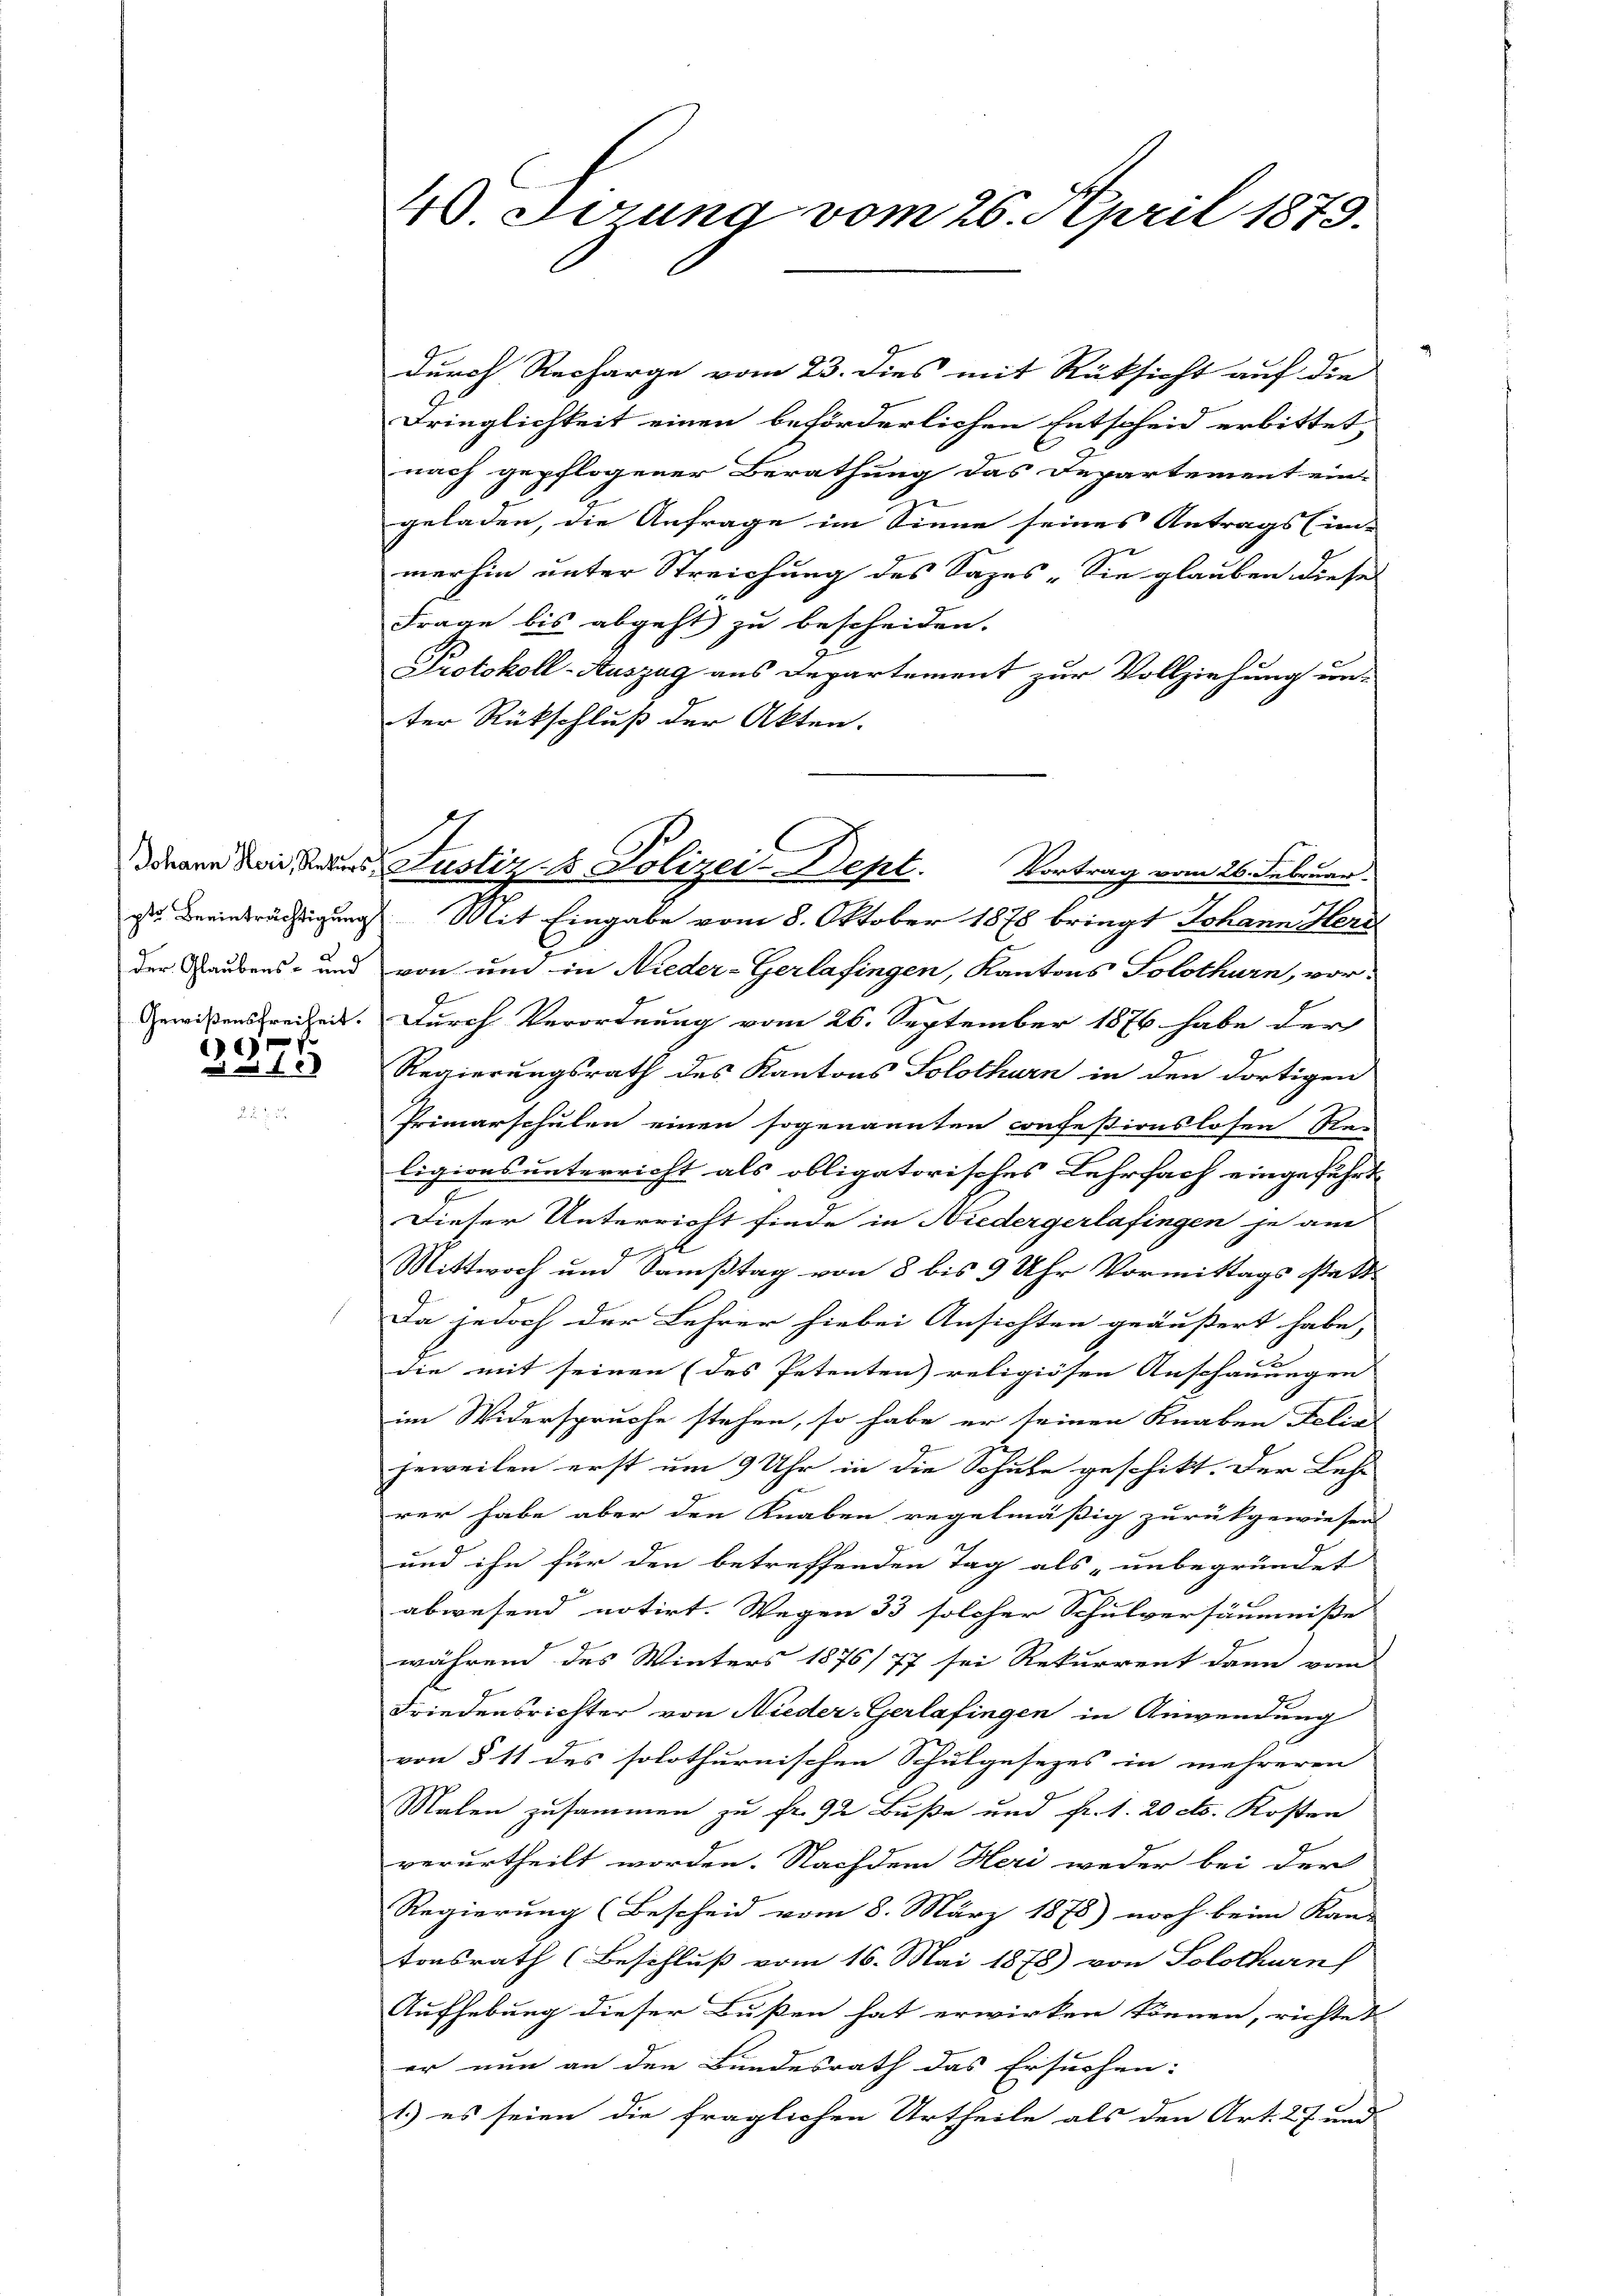
c

W. Gerung vom 26. April 1873.

durch Recharge vom 23. dies mit Rüksicht auf die
Fringlichkeit einen beförderlichen Entscheid erbittet
nach gepflogener Berathung das Departement ein-
geladen, die Anfrage im Sinne seines Antrags (in-
merhin unter Streichung des Sages. Sie glauben diese
Frage bis abgeht zu bescheiden.
Protokoll-Auszug aus Departement zur Vollziehung un-
ter Rückschluß der Akten.

C
ddann den Rates Justiz- & Polizei-Dept.
Vortrag vom 26. Februar.

iste Beeinträchtigung Mit Eingabe vom 8. Oktober 1878 bringt Johann Herr
der Raubens- und von und in Nieder-Gerlafingen, Kantons Solothurn, vor-
Gewißensfreiheit. Durch Verordnung vom 26. September 1876 habe der
Regierungsrath des Kantons Solothurn in den dortigen
Primarschulen einen sogenannten confestionslosen Re-
ligionsunterricht als obligatorisches Lehrfach eingeführt
1
Dieser Unterricht finde in Niedergerlafingen je am
Mittwoch und Samstag von 8 bis 9 Uhr Vormittags statt¬
Da jedoch der Lehrer hiebei Ansichten geäußert habe,
die mit seinen (des Petenten) religiösen Anschauungen
im Widerspruche stehen, so habe er seinen Knaben Folias
jeweilen erst um 9 Uhr in die Schule geschikt. Der Lehr
rer habe aber den Knaben regelmäßig zurückgewiesen
und ihn für den betreffenden Tag als unbegründet
abwesend notirt. Wegen 33 solcher Schulversäumnisse
während des Winters 1876/77 sei Rekurrent dann vom
Friedensrichter von Nieder-Gerlafingen in Anwendung
von § 11 des solothurnischen Schulgesezes in mehreren
Malen zusammen zu fr. 92 Buße und Fr. 1. 20 cts. Kosten
verurtheilt worden. Nachdem Heri weder bei der
Regierung (Bescheid vom 8. März 1875) noch beim Kan- |
tonsrath (Beschluß vom 16. Mai 1878) von Solothurn
Aufhebung dieser Bußen hat erwirken können, richtet
er nun an den Bundesrath das Ersuchen:
1.) es seien die fraglichen Urtheile als den Art. 27 und